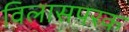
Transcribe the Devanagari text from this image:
विलासपरक